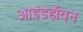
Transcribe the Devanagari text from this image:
आइंडहॉवन